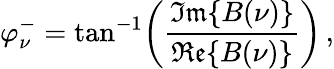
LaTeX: \varphi_{\nu}^{-}=\mathrm{tan}^{-1}\bigg(\frac{\mathfrak{Im}\{ B(\nu)\} }{\mathfrak{Re}\{ B(\nu)\} }\bigg)\, ,